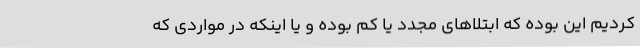
کردیم این بوده که ابتلاهای مجدد یا کم بوده و یا اینکه در مواردی که